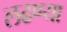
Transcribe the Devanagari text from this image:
लढण्या